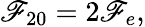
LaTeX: \mathscr{F}_{20}=2\mathscr{F}_{e},